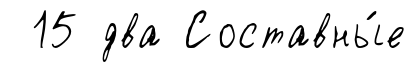
15 два Составны́е